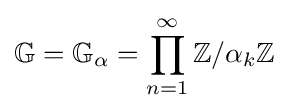
\mathbb {G} =\mathbb {G} _{\alpha }=\prod _{n=1}^{\infty }\mathbb {Z} /\alpha _{k}\mathbb {Z}